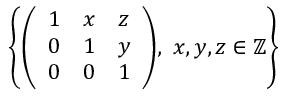
\left\{ { \left( \begin{array} { l l l } { 1 } & { x } & { z } \\ { 0 } & { 1 } & { y } \\ { 0 } & { 0 } & { 1 } \end{array} \right) } , \ x , y , z \in \mathbb { Z } \right\}